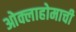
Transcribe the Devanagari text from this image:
ओक्लाहोमाची